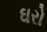
ઘરો